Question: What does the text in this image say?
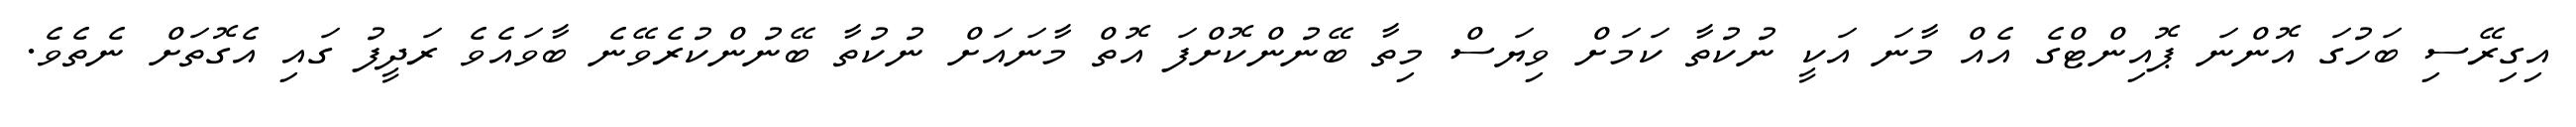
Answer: އިގިރޭސި ބަހުގަ އޮންނަ ޕޮއިންޓްގެ އެއް މާނަ އަކީ ނުކުތާ ކަމަށް ވިޔަސް މިތާ ބޭނުންކޮށްފަ އޮތް މާނައަށް ނުކުތާ ބޭނުންކުރެވޭނެ ބާވައެވެ ރަދީފު ގައި އެގޮތަށް ނެތެވެ.